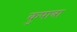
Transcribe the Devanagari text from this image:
कुपात्रा